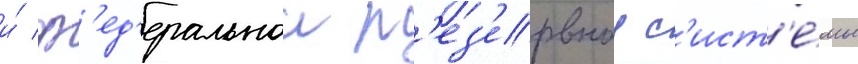
и́ ф'ед'еральнои р'ез'ервнои с'ист'е́мы